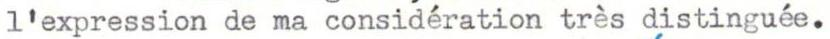
l'expression de ma considération trés distinguée.